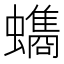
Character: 𮕐